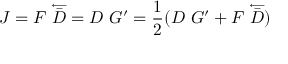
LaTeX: J = F ~ \overleftarrow { \bar { D } } = D ~ G ^ { \prime } = \frac { 1 } { 2 } ( D ~ G ^ { \prime } + F ~ \overleftarrow { \bar { D } } )